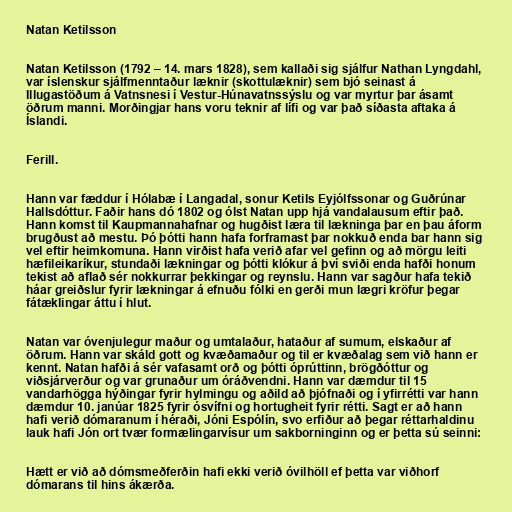
Natan Ketilsson

Natan Ketilsson (1792 – 14. mars 1828), sem kallaði sig sjálfur Nathan Lyngdahl,
var íslenskur sjálfmenntaður læknir (skottulæknir) sem bjó seinast á
Illugastöðum á Vatnsnesi í Vestur-Húnavatnssýslu og var myrtur þar ásamt
öðrum manni. Morðingjar hans voru teknir af lífi og var það síðasta aftaka á
Íslandi.

Ferill.

Hann var fæddur í Hólabæ í Langadal, sonur Ketils Eyjólfssonar og Guðrúnar
Hallsdóttur. Faðir hans dó 1802 og ólst Natan upp hjá vandalausum eftir það.
Hann komst til Kaupmannahafnar og hugðist læra til lækninga þar en þau áform
brugðust að mestu. Þó þótti hann hafa forframast þar nokkuð enda bar hann sig
vel eftir heimkomuna. Hann virðist hafa verið afar vel gefinn og að mörgu leiti
hæfileikaríkur, stundaði lækningar og þótti klókur á því sviði enda hafði honum
tekist að aflað sér nokkurrar þekkingar og reynslu. Hann var sagður hafa tekið
háar greiðslur fyrir lækningar á efnuðu fólki en gerði mun lægri kröfur þegar
fátæklingar áttu í hlut.

Natan var óvenjulegur maður og umtalaður, hataður af sumum, elskaður af
öðrum. Hann var skáld gott og kvæðamaður og til er kvæðalag sem við hann er
kennt. Natan hafði á sér vafasamt orð og þótti óprúttinn, brögðóttur og
viðsjárverður og var grunaður um óráðvendni. Hann var dæmdur til 15
vandarhögga hýðingar fyrir hylmingu og aðild að þjófnaði og í yfirrétti var hann
dæmdur 10. janúar 1825 fyrir ósvífni og hortugheit fyrir rétti. Sagt er að hann
hafi verið dómaranum í héraði, Jóni Espólín, svo erfiður að þegar réttarhaldinu
lauk hafi Jón ort tvær formælingarvísur um sakborninginn og er þetta sú seinni:

Hætt er við að dómsmeðferðin hafi ekki verið óvilhöll ef þetta var viðhorf
dómarans til hins ákærða.